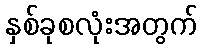
နှစ်ခုစလုံးအတွက်